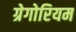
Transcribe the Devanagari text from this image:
ग्रेगोरियम